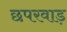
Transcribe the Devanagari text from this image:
छपरवाड़